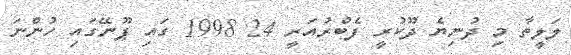
ލަލީތާ މި ދުނިޔެ ދޫކުރީ ފެބްރުއަރީ 24 1998 ގައި ޕޫނޭގައި ހުންނަ